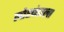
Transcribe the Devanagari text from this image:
लोखंडाला